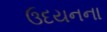
ઉદયનના